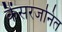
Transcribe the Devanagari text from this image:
कैंसरजनित